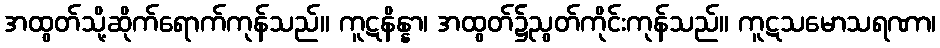
အထွတ်သို့ဆိုက်ရောက်ကုန်သည်။ ကူဋနိန္နာ၊ အထွတ်၌ညွတ်ကိုင်းကုန်သည်။ ကူဋသမောသရဏာ၊